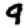
Digit: 9